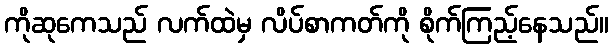
ကိုဆုကေသည် လက်ထဲမှ လိပ်စာကတ်ကို စိုက်ကြည့်နေသည်။